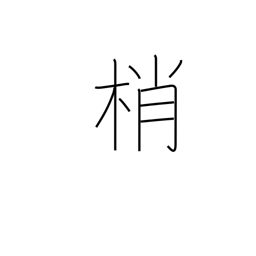
Meaning: treetops